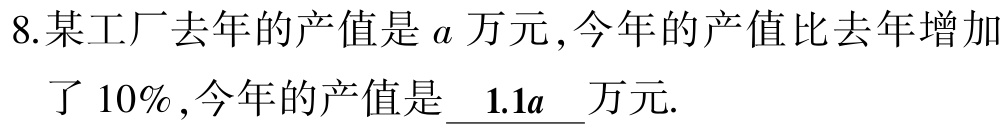
8.某工厂去年的产值是\(a\)万元,今年的产值比去年增加了\(10\%\),今年的产值是\(\underline{1.1a}\)万元.